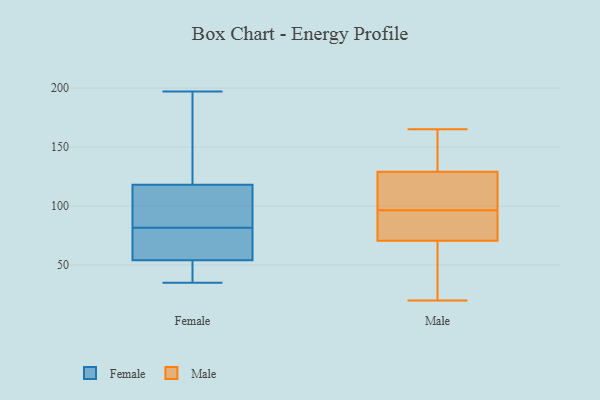
{"axis": {"x": "Production Output", "y": "Value"}, "legend": ["Female", "Male"], "data": [{"x": "", "y": 82, "type": "Female"}, {"x": "", "y": 48, "type": "Female"}, {"x": "", "y": 69, "type": "Female"}, {"x": "", "y": 127, "type": "Female"}, {"x": "", "y": 81, "type": "Female"}, {"x": "", "y": 35, "type": "Female"}, {"x": "", "y": 197, "type": "Female"}, {"x": "", "y": 118, "type": "Female"}, {"x": "", "y": 113, "type": "Female"}, {"x": "", "y": 54, "type": "Female"}, {"x": "", "y": 165, "type": "Male"}, {"x": "", "y": 98, "type": "Male"}, {"x": "", "y": 68, "type": "Male"}, {"x": "", "y": 87, "type": "Male"}, {"x": "", "y": 21, "type": "Male"}, {"x": "", "y": 41, "type": "Male"}, {"x": "", "y": 127, "type": "Male"}, {"x": "", "y": 73, "type": "Male"}, {"x": "", "y": 95, "type": "Male"}, {"x": "", "y": 86, "type": "Male"}, {"x": "", "y": 120, "type": "Male"}, {"x": "", "y": 20, "type": "Male"}, {"x": "", "y": 102, "type": "Male"}, {"x": "", "y": 131, "type": "Male"}, {"x": "", "y": 150, "type": "Male"}, {"x": "", "y": 152, "type": "Male"}]}